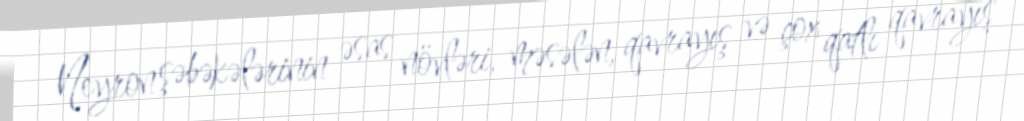
Neyron şəbəkələrinin əsas növləri, məsələn, qavrayış və çox qatlı qavrayış